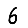
Digit: 6